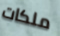
ملكات